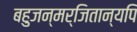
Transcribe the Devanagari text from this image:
बहुजन्मर्जितान्यपि